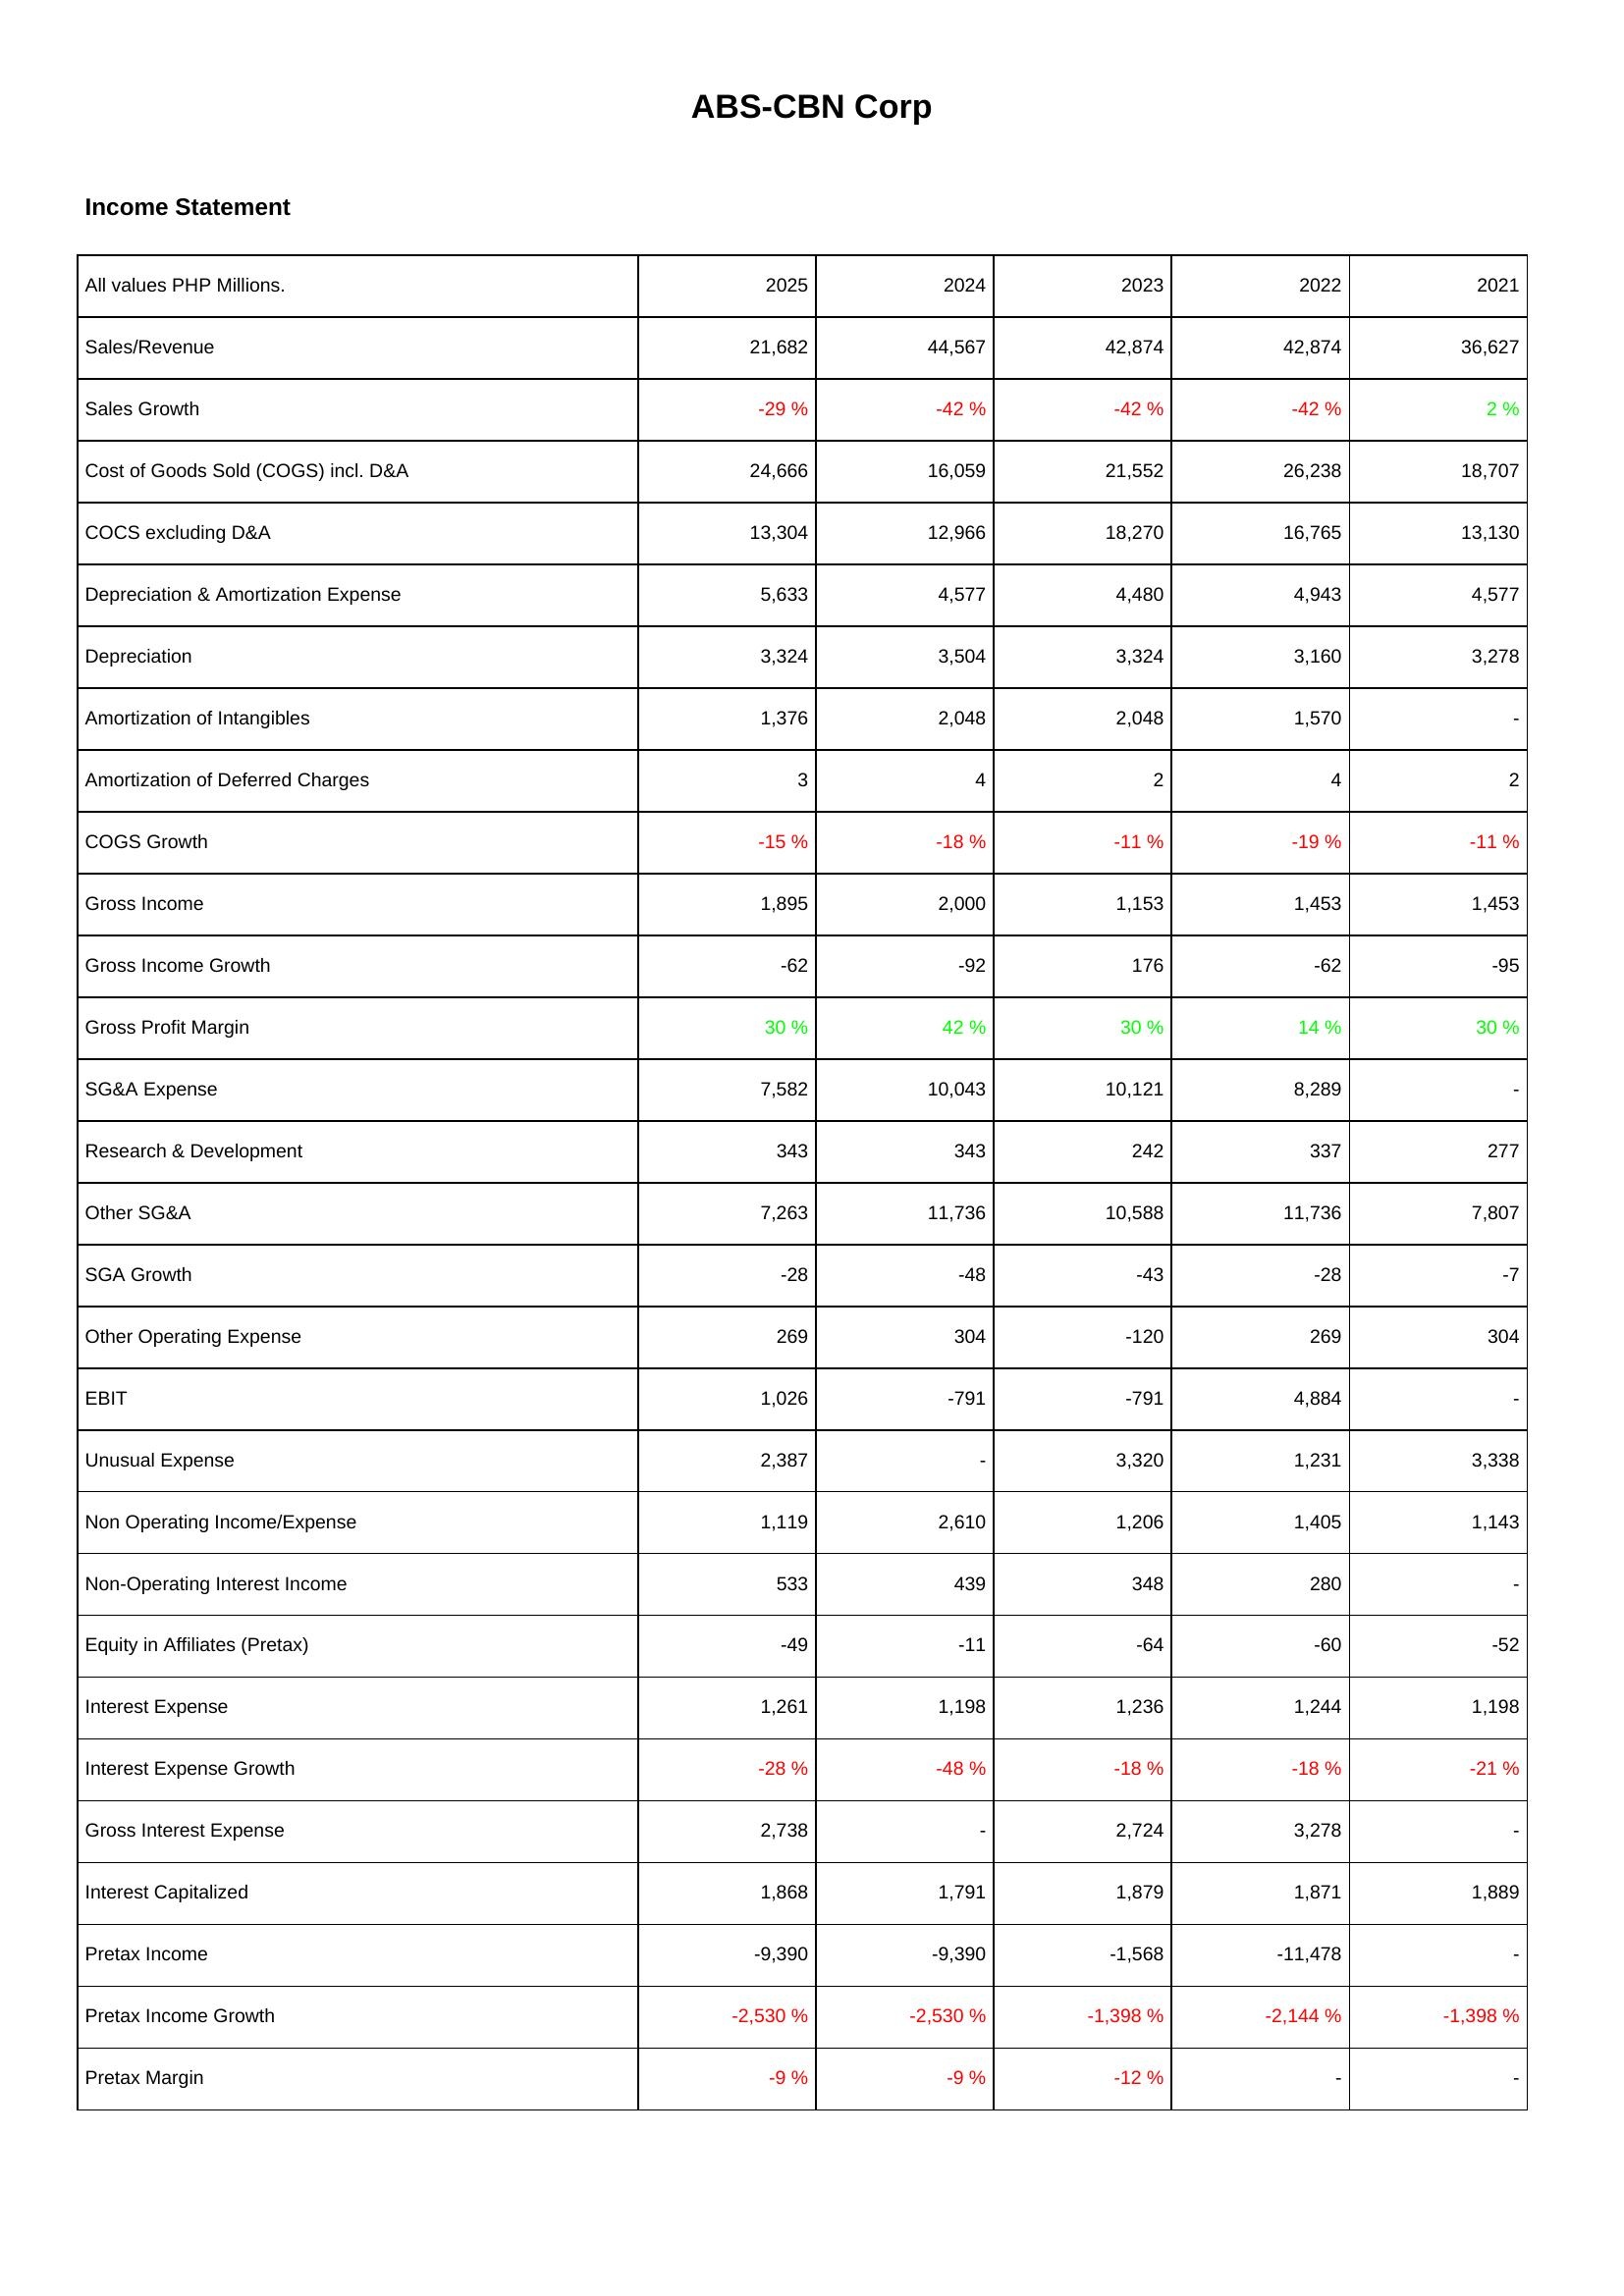
2025: Income Statement: Sales/Revenue: 21,682
Sales Growth: -29 %
Cost of Goods Sold (COGS) incl. D&A: 24,666
COCS excluding D&A: 13,304
Depreciation & Amortization Expense: 5,633
Depreciation: 3,324
Amortization of Intangibles: 1,376
Amortization of Deferred Charges: 3
COGS Growth: -15 %
Gross Income: 1,895
Gross Income Growth: -62
Gross Profit Margin: 30 %
SG&A Expense: 7,582
Research & Development: 343
Other SG&A: 7,263
SGA Growth: -28
Other Operating Expense: 269
EBIT: 1,026
Unusual Expense: 2,387
Non Operating Income/Expense: 1,119
Non-Operating Interest Income: 533
Equity in Affiliates (Pretax): -49
Interest Expense: 1,261
Interest Expense Growth: -28 %
Gross Interest Expense: 2,738
Interest Capitalized: 1,868
Pretax Income: -9,390
Pretax Income Growth: -2,530 %
Pretax Margin: -9 %
2024: Income Statement: Sales/Revenue: 44,567
Sales Growth: -42 %
Cost of Goods Sold (COGS) incl. D&A: 16,059
COCS excluding D&A: 12,966
Depreciation & Amortization Expense: 4,577
Depreciation: 3,504
Amortization of Intangibles: 2,048
Amortization of Deferred Charges: 4
COGS Growth: -18 %
Gross Income: 2,000
Gross Income Growth: -92
Gross Profit Margin: 42 %
SG&A Expense: 10,043
Research & Development: 343
Other SG&A: 11,736
SGA Growth: -48
Other Operating Expense: 304
EBIT: -791
Unusual Expense: -
Non Operating Income/Expense: 2,610
Non-Operating Interest Income: 439
Equity in Affiliates (Pretax): -11
Interest Expense: 1,198
Interest Expense Growth: -48 %
Gross Interest Expense: -
Interest Capitalized: 1,791
Pretax Income: -9,390
Pretax Income Growth: -2,530 %
Pretax Margin: -9 %
2023: Income Statement: Sales/Revenue: 42,874
Sales Growth: -42 %
Cost of Goods Sold (COGS) incl. D&A: 21,552
COCS excluding D&A: 18,270
Depreciation & Amortization Expense: 4,480
Depreciation: 3,324
Amortization of Intangibles: 2,048
Amortization of Deferred Charges: 2
COGS Growth: -11 %
Gross Income: 1,153
Gross Income Growth: 176
Gross Profit Margin: 30 %
SG&A Expense: 10,121
Research & Development: 242
Other SG&A: 10,588
SGA Growth: -43
Other Operating Expense: -120
EBIT: -791
Unusual Expense: 3,320
Non Operating Income/Expense: 1,206
Non-Operating Interest Income: 348
Equity in Affiliates (Pretax): -64
Interest Expense: 1,236
Interest Expense Growth: -18 %
Gross Interest Expense: 2,724
Interest Capitalized: 1,879
Pretax Income: -1,568
Pretax Income Growth: -1,398 %
Pretax Margin: -12 %
2022: Income Statement: Sales/Revenue: 42,874
Sales Growth: -42 %
Cost of Goods Sold (COGS) incl. D&A: 26,238
COCS excluding D&A: 16,765
Depreciation & Amortization Expense: 4,943
Depreciation: 3,160
Amortization of Intangibles: 1,570
Amortization of Deferred Charges: 4
COGS Growth: -19 %
Gross Income: 1,453
Gross Income Growth: -62
Gross Profit Margin: 14 %
SG&A Expense: 8,289
Research & Development: 337
Other SG&A: 11,736
SGA Growth: -28
Other Operating Expense: 269
EBIT: 4,884
Unusual Expense: 1,231
Non Operating Income/Expense: 1,405
Non-Operating Interest Income: 280
Equity in Affiliates (Pretax): -60
Interest Expense: 1,244
Interest Expense Growth: -18 %
Gross Interest Expense: 3,278
Interest Capitalized: 1,871
Pretax Income: -11,478
Pretax Income Growth: -2,144 %
Pretax Margin: -
2021: Income Statement: Sales/Revenue: 36,627
Sales Growth: 2 %
Cost of Goods Sold (COGS) incl. D&A: 18,707
COCS excluding D&A: 13,130
Depreciation & Amortization Expense: 4,577
Depreciation: 3,278
Amortization of Intangibles: -
Amortization of Deferred Charges: 2
COGS Growth: -11 %
Gross Income: 1,453
Gross Income Growth: -95
Gross Profit Margin: 30 %
SG&A Expense: -
Research & Development: 277
Other SG&A: 7,807
SGA Growth: -7
Other Operating Expense: 304
EBIT: -
Unusual Expense: 3,338
Non Operating Income/Expense: 1,143
Non-Operating Interest Income: -
Equity in Affiliates (Pretax): -52
Interest Expense: 1,198
Interest Expense Growth: -21 %
Gross Interest Expense: -
Interest Capitalized: 1,889
Pretax Income: -
Pretax Income Growth: -1,398 %
Pretax Margin: -